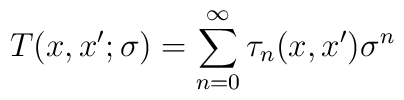
T(x,x';\sigma) = \sum_{n=0}^\infty \tau_n(x,x')\sigma^n